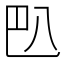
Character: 𰃟